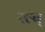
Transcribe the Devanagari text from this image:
स्ल्ब्